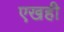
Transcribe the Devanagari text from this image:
एखही